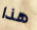
هذا